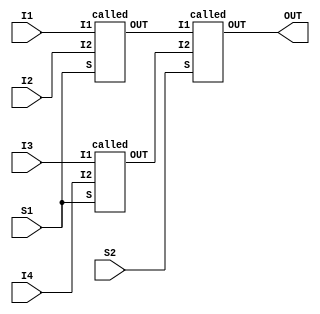
`timescale 1ns / 1ps
//////////////////////////////////////////////////////////////////////////////////
// Company: 
// Engineer: 
// 
// Design Name: 
// Module Name: mux
// Project Name: 
// Target Devices: 
// Tool Versions: 
// Description: 
// 
// Dependencies: 
// 
// Revision:
// Revision 0.01 - File Created
// Additional Comments:
// 
//////////////////////////////////////////////////////////////////////////////////


module mux(
    I1,I2,I3,I4,S1,S2,OUT
    );
    input I1,I2,I3,I4,S1,S2;
    output OUT;
    called U1(I1,I2,S1,T1);
    called U2(I3,I4,S1,T2);
    called U3(T1,T2,S2,OUT);
endmodule

module called(
    I1,I2,S,OUT
    );
    input I1,I2,S;
    output OUT;
    assign OUT = (S)?I2:I1;
endmodule